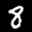
Label: 8